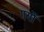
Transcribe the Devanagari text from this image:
गयों